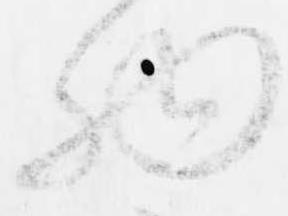
物